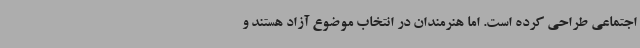
اجتماعی طراحی کرده است. اما هنرمندان در انتخاب موضوع آزاد هستند و